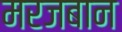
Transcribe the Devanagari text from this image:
मरजबान